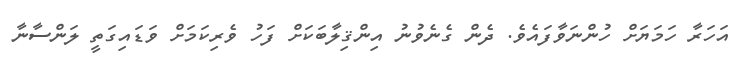
އަހަރާ ހަމަޔަށް ހުންނަވާފައެވެ. ދެން ގެނެވުނު އިންޤިލާބަކަށް ފަހު ވެރިކަމަށް ވަޑައިގަތީ ލަންސާނާ